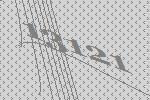
13121